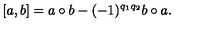
\lbrack a , b ] = a \circ b - ( - 1 ) ^ { q _ { 1 } q _ { 2 } } b \circ a .